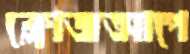
ক্লোজআপে